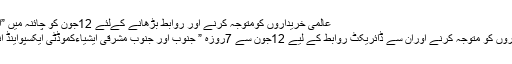
عالمی خریداروں کومتوجہ کرنے اور روابط بڑھانے کےلئے 12جون کو چائنہ میں ”ایکسپواینڈ انویسٹمنٹ فیئر“ منعقد ہوگا
ملتان (این این آئی)بین الاقوامی خریداروں کو متوجہ کرنے اوران سے ڈائریکٹ روابط کے لیے 12جون سے 7روزہ ” جنوب اور جنوب مشرقی ایشیاءکموڈٹی ایکسپواینڈ انویسٹمنٹ فیئر“ چائنہ میں منعقد ہوگا۔